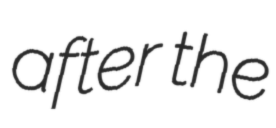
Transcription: after the